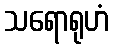
သရောရုဟံ